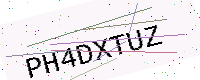
Text: PH4DXTUZ